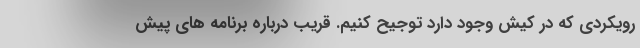
رویکردی که در کیش وجود دارد توجیح کنیم. قریب درباره برنامه های پیش